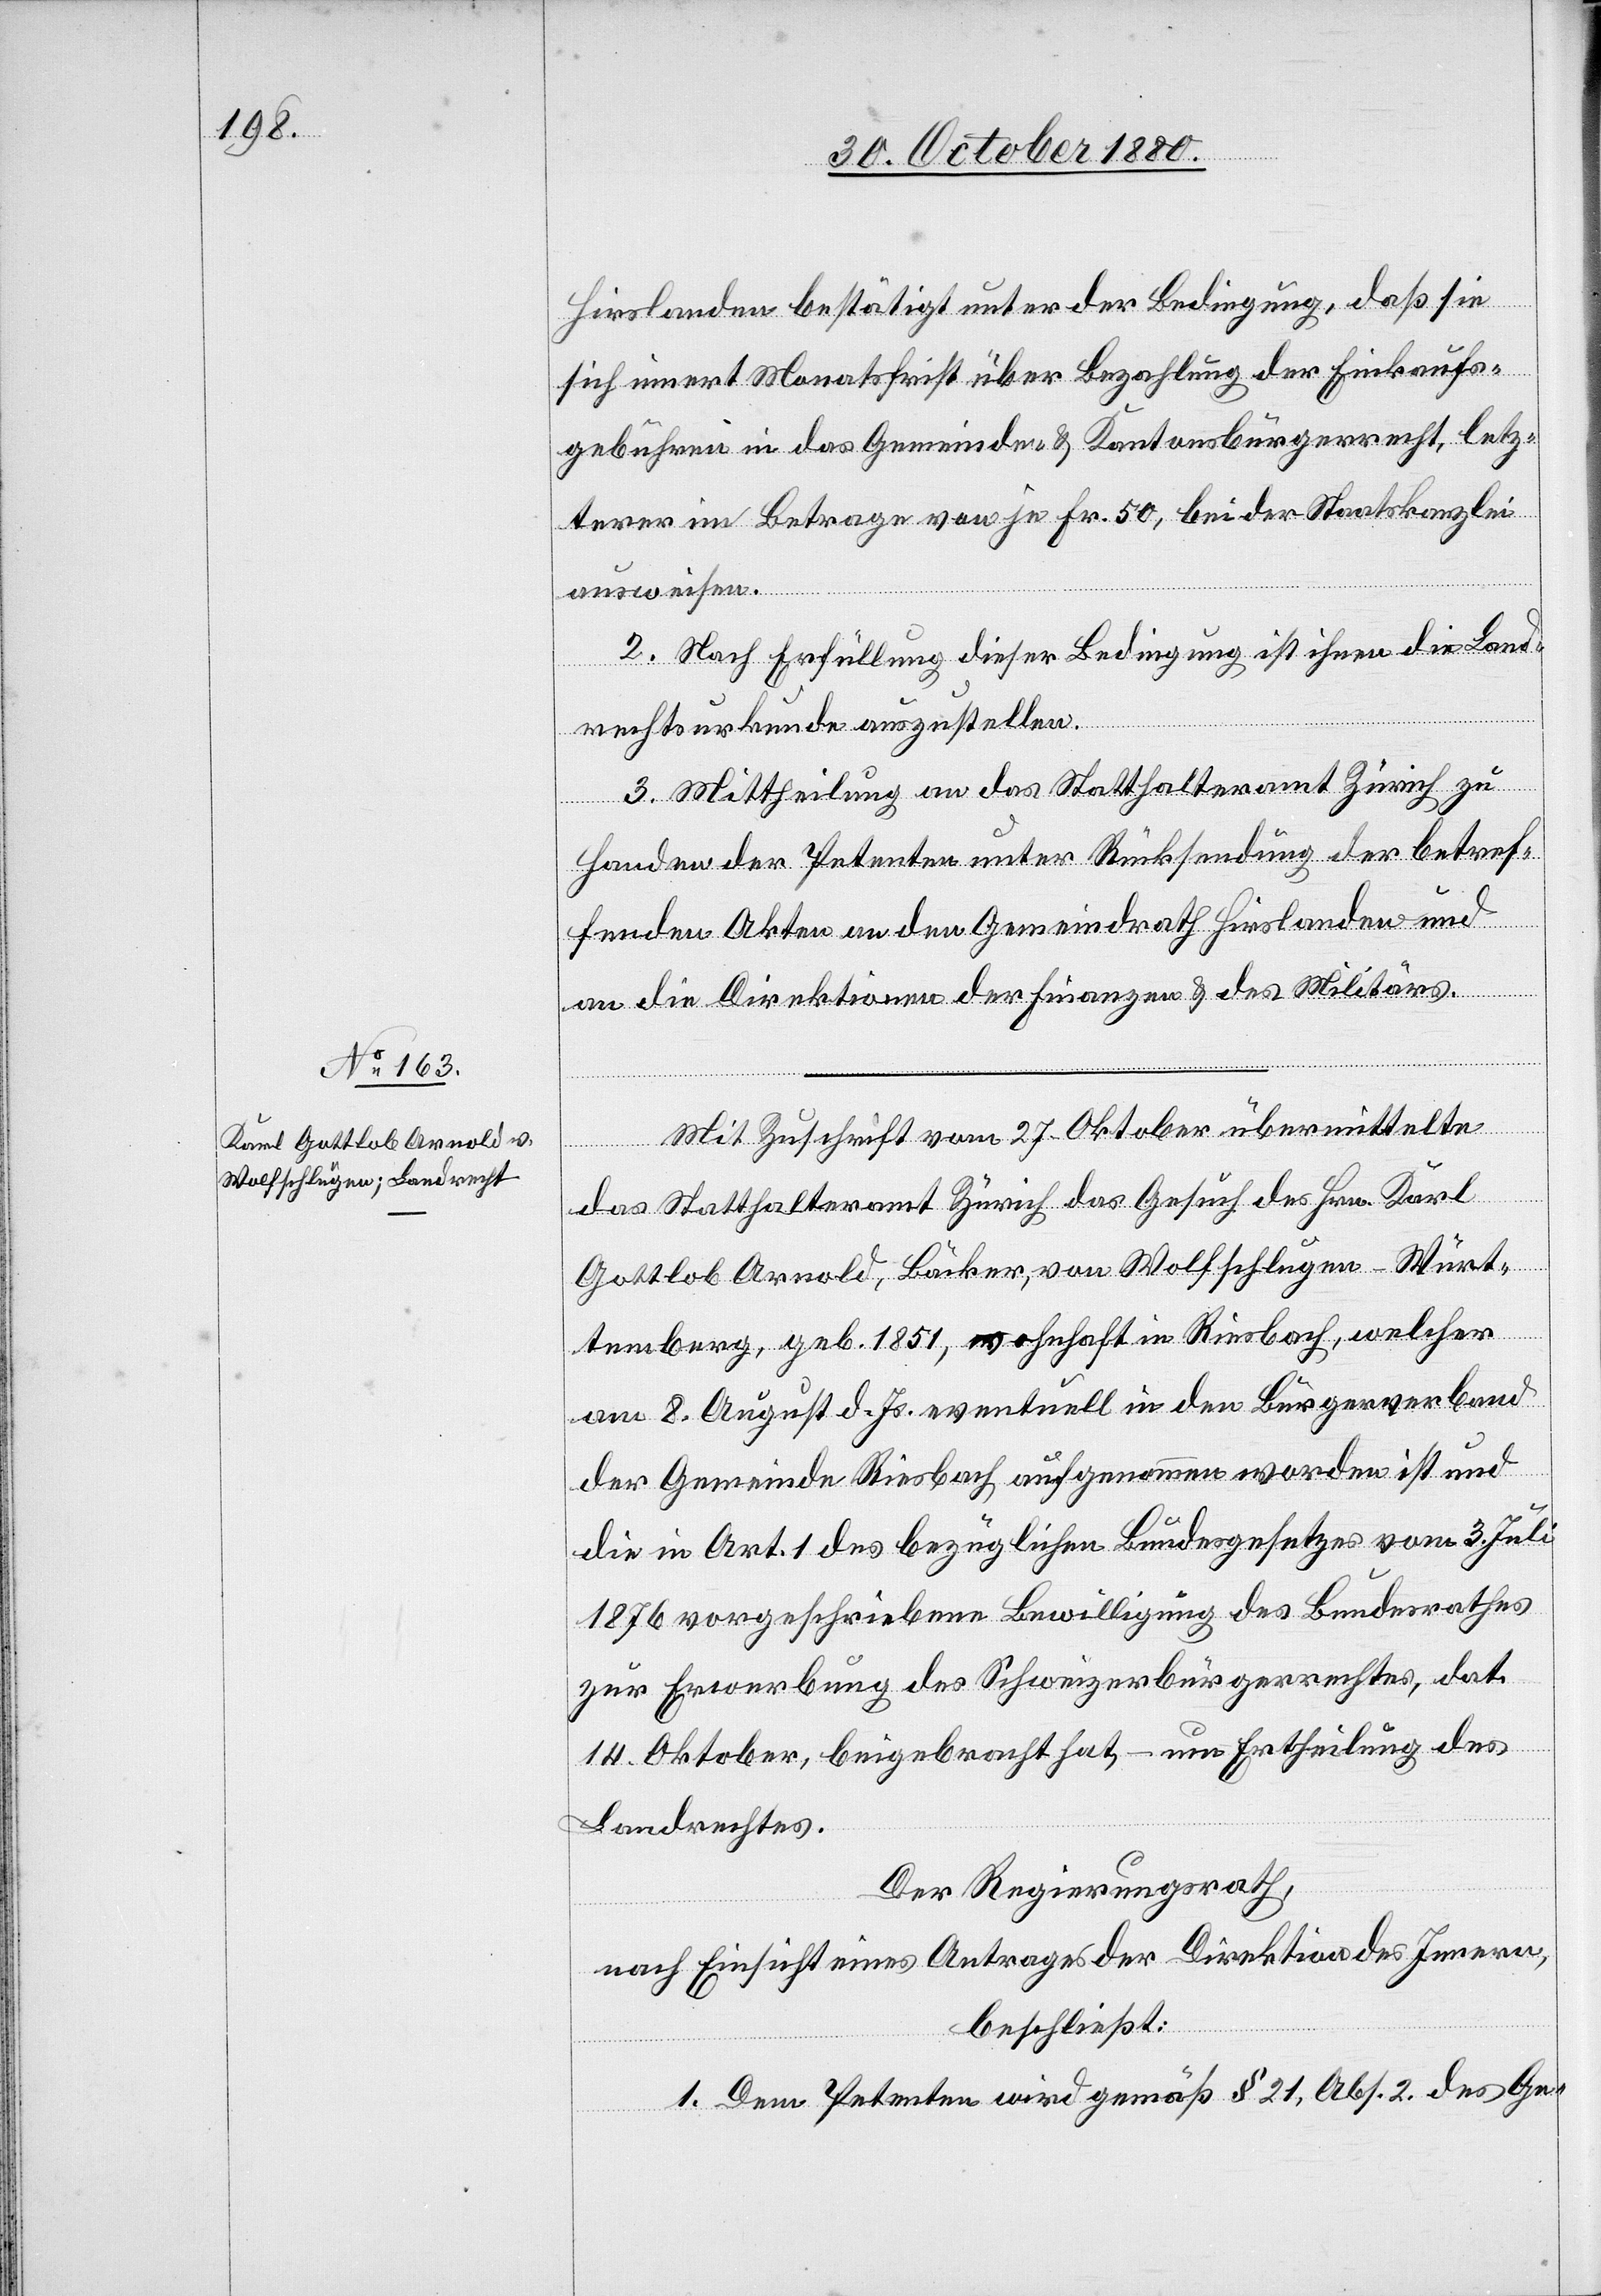
Hirslanden bestätigt unter der Bedingung, daß sie
sich innert Monatsfrist über Bezahlung der Einkaufs¬
gebühren in das Gemeinde- & Kantonsbürgerrecht, letz¬
terer im Betrage von je Fr. 50, bei der Staatskanzlei
ausweisen.
2. Nach Erfüllung dieser Bedingung ist ihnen die Land¬
rechtsurkunde auszustellen.
3. Mittheilung an das Statthalteramt Zürich zu
Handen der Petenten unter Rücksendung der betref¬
fenden Akten[,] an den Gemeindrath Hirslanden und
an die Direktionen der Finanzen & des Militärs.
Mit Zuschrift vom 27. Oktober übermittelte
das Statthalteramt Zürich das Gesuch des Hrn.
Gottlieb Arnold, Bäcker, von Wolfschlugen - Würt¬
temberg, geb. 1851, wohnhaft in Riesbach, welcher
am 8. August d. Js. eventuell in den Bürgerverband
der Gemeinde Riesbach aufgenommen worden ist und
die in Art. 1 des bezüglichen Bundesgesetzes vom 3. Juli
1876 vorgeschriebene Bewilligung des Bundesrathes
zur Erwerbung des Schweizerbürgerrechtes, dat.
14. Oktober, beigebracht hat, – um Ertheilung des
Landrechtes.
Der Regierungsrath,
nach Einsicht eines Antrages der Direktion des Innern,
beschließt:
1. Dem Petenten wird gemäß § 21, Abs. 2 des Ge-